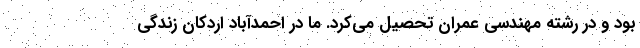
بود و در رشته مهندسی عمران تحصیل می‌کرد. ما در احمدآباد اردکان زندگی